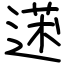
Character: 蒁